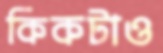
কিকটাও